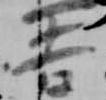
吉